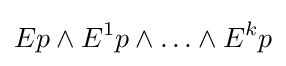
Ep\land E^{1}p\land \ldots \land E^{k}p